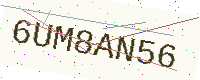
Text: 6UM8AN56